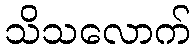
သိသလောက်